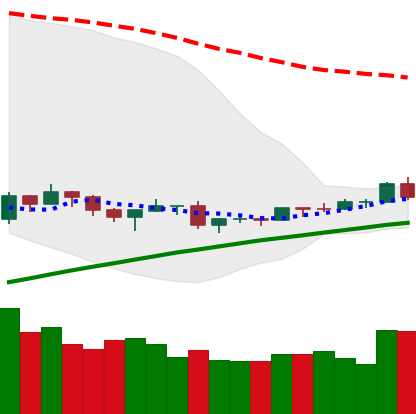
Ticker: ETH-USD
Chart end date: 2019-08-06
Forward return: -4.392%
Label: down_3_5